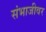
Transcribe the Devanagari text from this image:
संभाजीवर